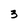
Character: 3